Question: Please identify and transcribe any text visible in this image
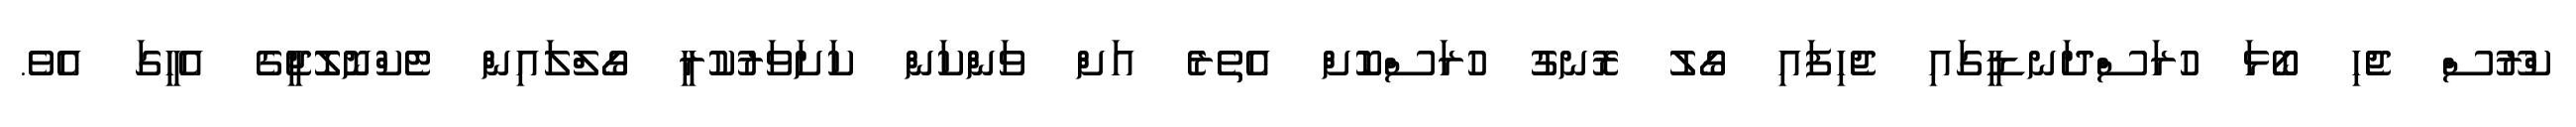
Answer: ކްރޫސް ޖެހި ބޯޅަ ހުރަސްދަނޑީގައި ޖެހިފައި ގޯލު ރޮނގު ހުރަސްކޮށް އެތެރެ އަށް ވަންކަން ކަށަވަރުކުރީ ގޯލްލައިން ޓެކްނޮލޮޖީގެ އެހީގަ އެވެ.